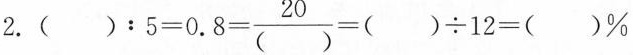
2.$$():5=0.8=\frac{20}{()}=()\div 12=( )\%$$